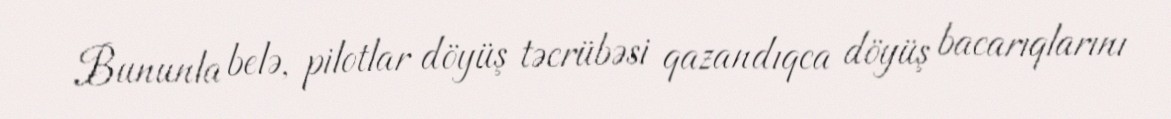
Bununla belə, pilotlar döyüş təcrübəsi qazandıqca döyüş bacarıqlarını